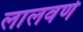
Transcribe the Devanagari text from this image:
लालवर्ण